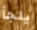
يلجأ